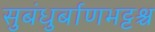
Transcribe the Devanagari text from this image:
सुबंधुर्बाणभट्टश्च